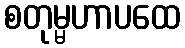
စတုမ္မဟာပထေ